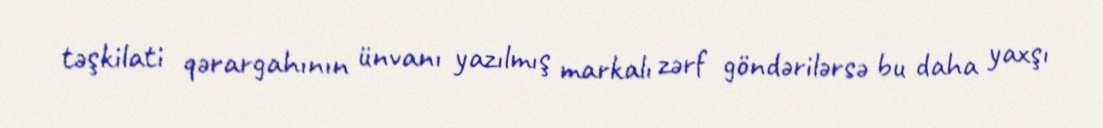
təşkilati qərargahının ünvanı yazılmış markalı zərf göndərilərsə bu daha yaxşı